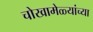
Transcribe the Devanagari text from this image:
चोखामेळ्यांच्या